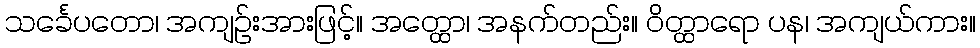
သင်္ခေပတော၊ အကျဉ်းအားဖြင့်။ အတ္ထော၊ အနက်တည်း။ ဝိတ္ထာရော ပန၊ အကျယ်ကား။